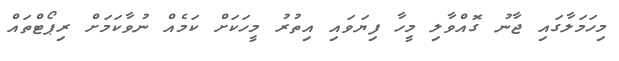
މިހަމަލާގައި ޖާނު ގޮއްވާލި މީހާ ފިޔަވައި އިތުރު މީހަކަށް ކަމެއް ނުވާކަމަށް ރިޕޯޓްތައް